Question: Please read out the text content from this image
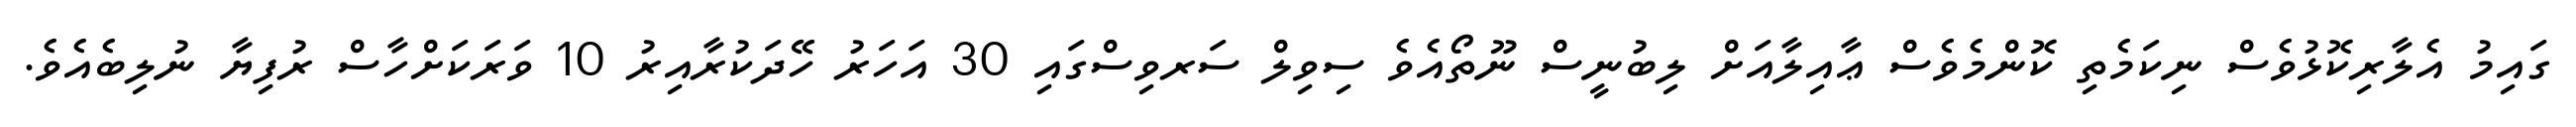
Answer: ގައިމު އެލާރިކޮޅުވެސް ނިކަމެތި ކޮންމެވެސް ޢާއިލާއަށް ލިބުނީސް ނޫތޯއެވެ ސިވިލް ސަރވިސްގައި 30 އަހަރު ހޭދަކުރާއިރު 10 ވަރަކަށްހާސް ރުފިޔާ ނުލިބެއެވެ.